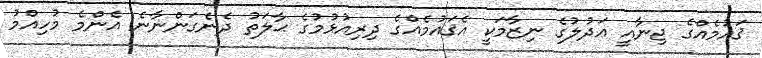
ޤައުމެއްގެ ޖިނާއީ ޢަދުލުގެ ނިޒާމަކީ އެޤައުމެއްގެ ދިރިއުޅުމުގެ ޙާލަތު ދެނެގަންނާނެ އެންމެ މުހިއްމު